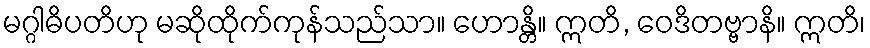
မဂ္ဂါဓိပတိဟု မဆိုထိုက်ကုန်သည်သာ။ ဟောန္တိ။ ဣတိ, ဝေဒိတဗ္ဗာနိ။ ဣတိ၊